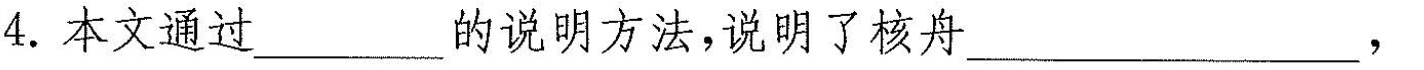
4.本文通过___k的说明方法，说明了核舟___，